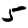
Digit: 5